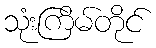
သုံးကြိမ်တိုင်